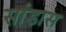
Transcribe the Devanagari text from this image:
सांडास